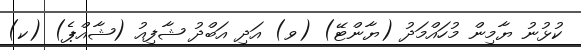
ކުޅުނު ޔާމިން މުހައްމަދު (ޔާންޓޭ) (ވ) އަދި އަބްދު ޝާފިއު (ޝާއްޕެ) (ކ)